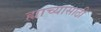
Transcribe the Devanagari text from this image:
ह्याच्यासाठी